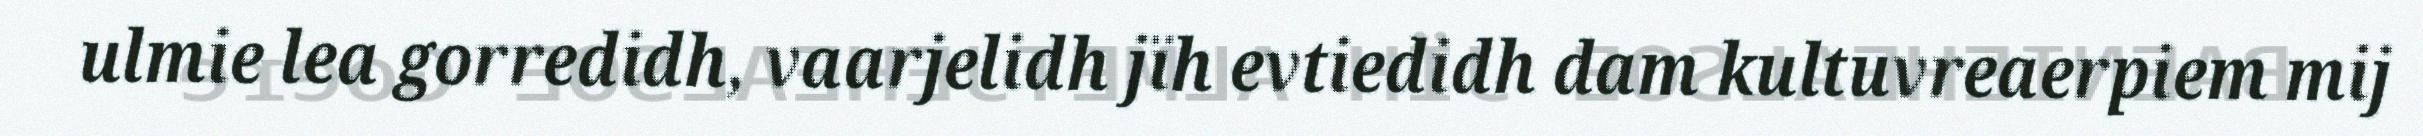
ulmie lea gorredidh, vaarjelidh jïh evtiedidh dam kultuvreaerpiem mij